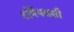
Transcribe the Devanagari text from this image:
टर्मिनसशी